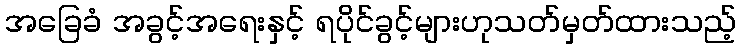
အခြေခံ အခွင့်အရေးနှင့် ရပိုင်ခွင့်များဟုသတ်မှတ်ထားသည့်